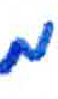
אות: מ